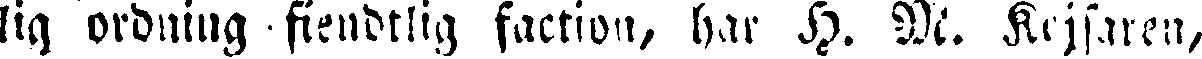
lig ordning fiendtlig faction, har H. M. Kejsaren,